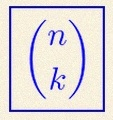
\binom{n}{k}